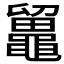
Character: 𪓸